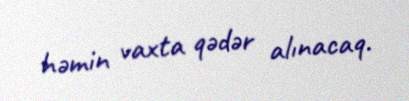
həmin vaxta qədər alınacaq.